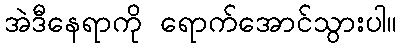
အဲဒီနေရာကို ရောက်အောင်သွားပါ။